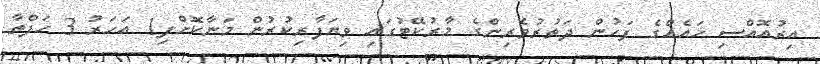
އިރުއޮއްސި ހައެއްގެ ފަހުން ދަތުރުވެރިންގެ މާރުކޭޓުގައި ވިޔަފާރިކުރުން މަނާކޮށްފި1 އަހަރު 3 ހަފްތާ